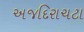
અજદિરાચટા